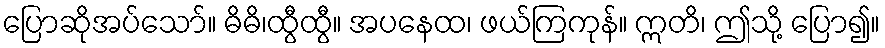
ပြောဆိုအပ်သော်။ ဓိဓိ၊ထွီထွီ။ အပနေထ၊ ဖယ်ကြကုန်။ ဣတိ၊ ဤသို့ ပြော၍။